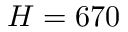
H = 6 7 0